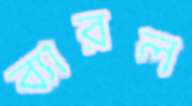
ব্যারল